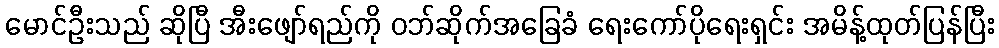
မောင်ဦးသည် ဆိုပြီ အီးဖျော်ရည်ကို ဝဘ်ဆိုက်အခြေခံ ရေးကော်ပိုရေးရှင်း အမိန့်ထုတ်ပြန်ပြီး